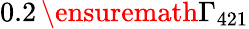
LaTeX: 0.2\, \ensuremath{\Gamma_{421}}